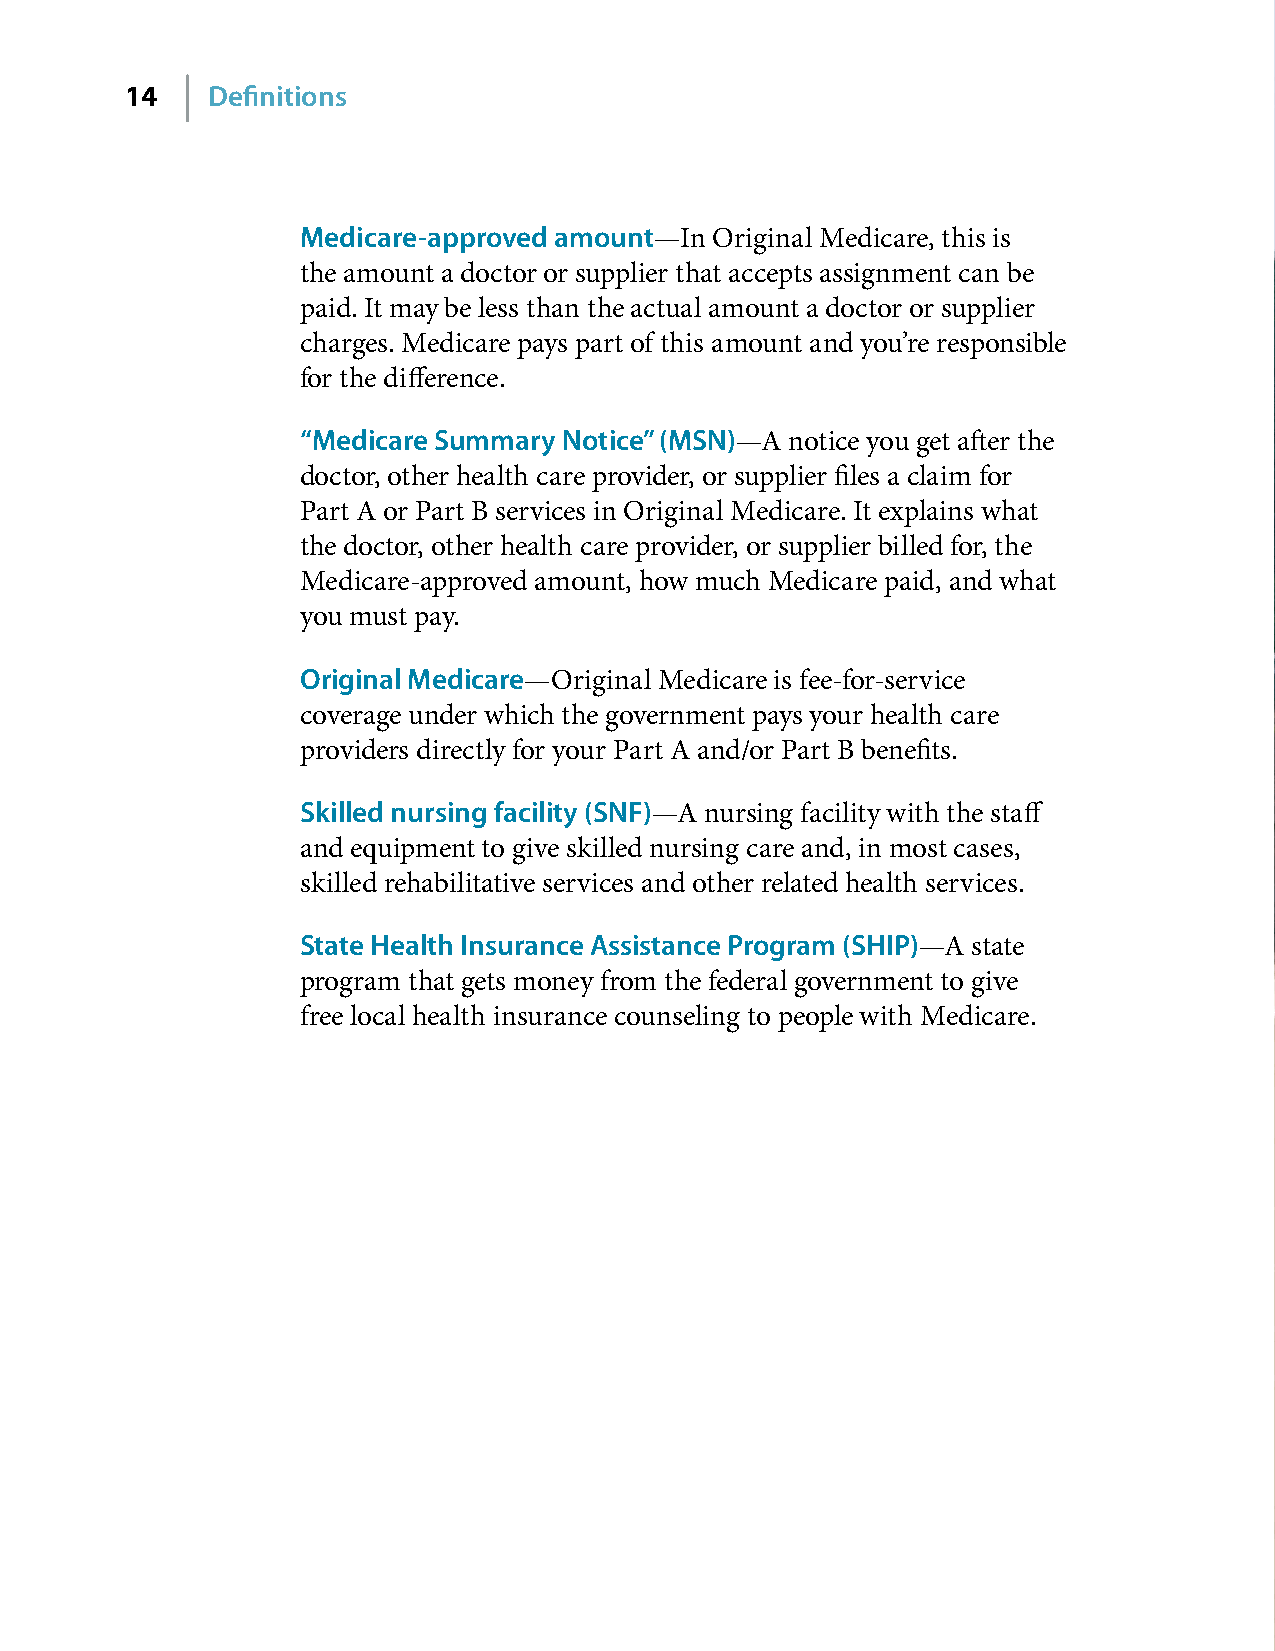
14    Definitions
 Medicare-approved amount—In Original Medicare, this is
 the amount a doctor or supplier that accepts assignment can be
 paid� It may be less than the actual amount a doctor or supplier
 charges� Medicare pays part of this amount and you’re responsible
 for the difference�
 “Medicare Summary Notice” (MSN)—A notice you get after the
 doctor, other health care provider, or supplier files a claim for
 Part A or Part B services in Original Medicare� It explains what
 the doctor, other health care provider, or supplier billed for, the
 Medicare-approved amount, how much Medicare paid, and what
 you must pay�
 Original Medicare—Original Medicare is fee-for-service
 coverage under which the government pays your health care
 providers directly for your Part A and/or Part B benefits�
 Skilled nursing facility (SNF)—A nursing facility with the staff
 and equipment to give skilled nursing care and, in most cases,
 skilled rehabilitative services and other related health services�
 State Health Insurance Assistance Program (SHIP)—A state
 program that gets money from the federal government to give
 free local health insurance counseling to people with Medicare�